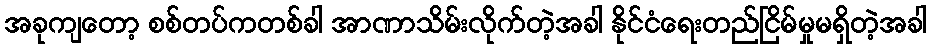
အခုကျတော့ စစ်တပ်ကတစ်ခါ အာဏာသိမ်းလိုက်တဲ့အခါ နိုင်ငံရေးတည်ငြိမ်မှုမရှိတဲ့အခါ